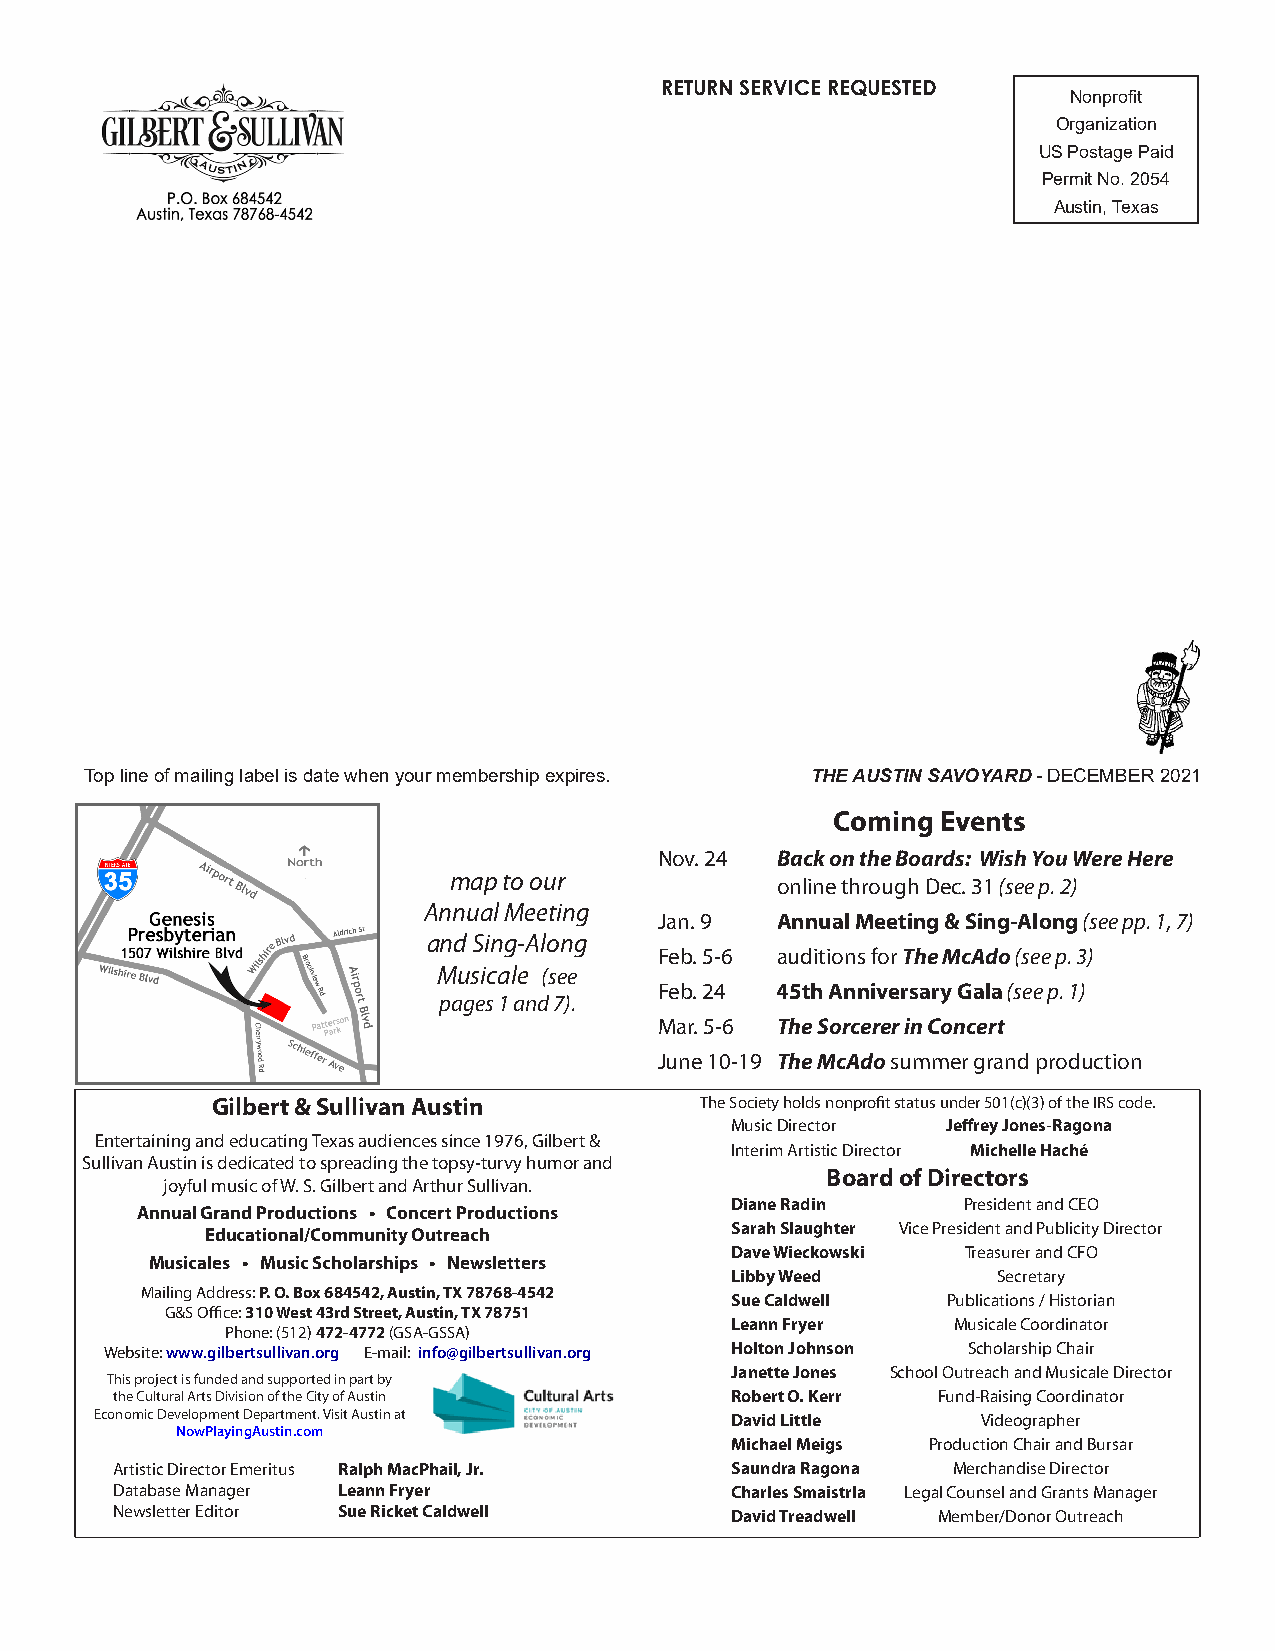
RETURN SERVICE REQUESTED
 Nonprofit
 Organization
 US Postage Paid
 Permit No. 2054
 Austin, Texas
 Top line of mailing label is date when your membership expires. THE AUSTIN SAVOYARD - DECEMBER 2021
 Coming Events
 Nov. 24 Back on the Boards: Wish You Were Here
 map to our
 online through Dec. 31 (see p. 2)
 Annual Meeting
 Jan. 9 Annual Meeting & Sing-Along (see pp. 1, 7)
 and Sing-Along
 Feb. 5-6 auditions for The McAdo (see p. 3)
 Musicale (see
 Feb. 24 45th Anniversary Gala (see p. 1)
 pages 1 and 7).
 Mar. 5-6 The Sorcerer in Concert
 June 10-19 The McAdo summer grand production
 Gilbert & Sullivan Austin       The Society holds nonprofit status under 501(c)(3) of the IRS code.
 Music Director Jeffrey Jones-Ragona
 Entertaining and educating Texas audiences since 1976, Gilbert &
 Interim Artistic Director Michelle Haché
 Sullivan Austin is dedicated to spreading the topsy-turvy humor and
 Board of Directors
 joyful music of W. S. Gilbert and Arthur Sullivan.
 Diane Radin     President and CEO
 Annual Grand Productions • Concert Productions
 Sarah Slaughter Vice President and Publicity Director
 Educational/Community Outreach
 Dave Wieckowski Treasurer and CFO
 Musicales • Music Scholarships • Newsletters
 Libby Weed        Secretary
 Mailing Address: P. O. Box 684542, Austin, TX 78768-4542
 Sue Caldwell   Publications / Historian
 G&S Office: 310 West 43rd Street, Austin, TX 78751
 Leann Fryer    Musicale Coordinator
 Phone: (512) 472-4772 (GSA-GSSA)
 Website: www.gilbertsullivan.org E-mail: info@gilbertsullivan.org Holton Johnson Scholarship Chair
 Janette Jones School Outreach and Musicale Director
 This project is funded and supported in part by
 the Cultural Arts Division of the City of Austin Robert O. Kerr Fund-Raising Coordinator
 Economic Development Department. Visit Austin at David Little Videographer
 NowPlayingAustin.com
 Michael Meigs Production Chair and Bursar
 Artistic Director Emeritus Ralph MacPhail, Jr. Saundra Ragona Merchandise Director
 Database Manager Leann Fryer            Charles Smaistrla Legal Counsel and Grants Manager
 Newsletter Editor Sue Ricket Caldwell   David Treadwell Member/Donor Outreach